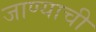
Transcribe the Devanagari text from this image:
जाण्‍याची